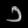
Digit: ၁